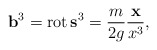
\begin{align*} {\bf b}^{3} = \mathop{\rm rot} {\bf s}^{3} = \frac{m}{2g} \frac{{\bf x}}{x^3} ,\end{align*}